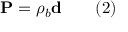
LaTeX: \mathbf { P } = \rho _ { b } \mathbf { d } \qquad ( 2 )